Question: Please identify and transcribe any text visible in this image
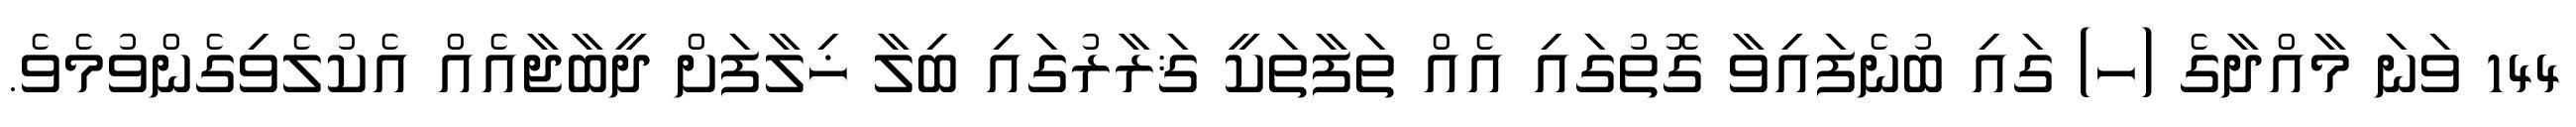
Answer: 144 ވަނަ މާއްދާގެ (ހ) ގައި ބުނެފައިވާ ގޮތުގައި އެއް ތަފާތަކީ ޤަރާރުގައި ބިލާ ޚިލާފަށް ދީބާޖާއެއް އެކުލެވިގެންވުމެވެ.